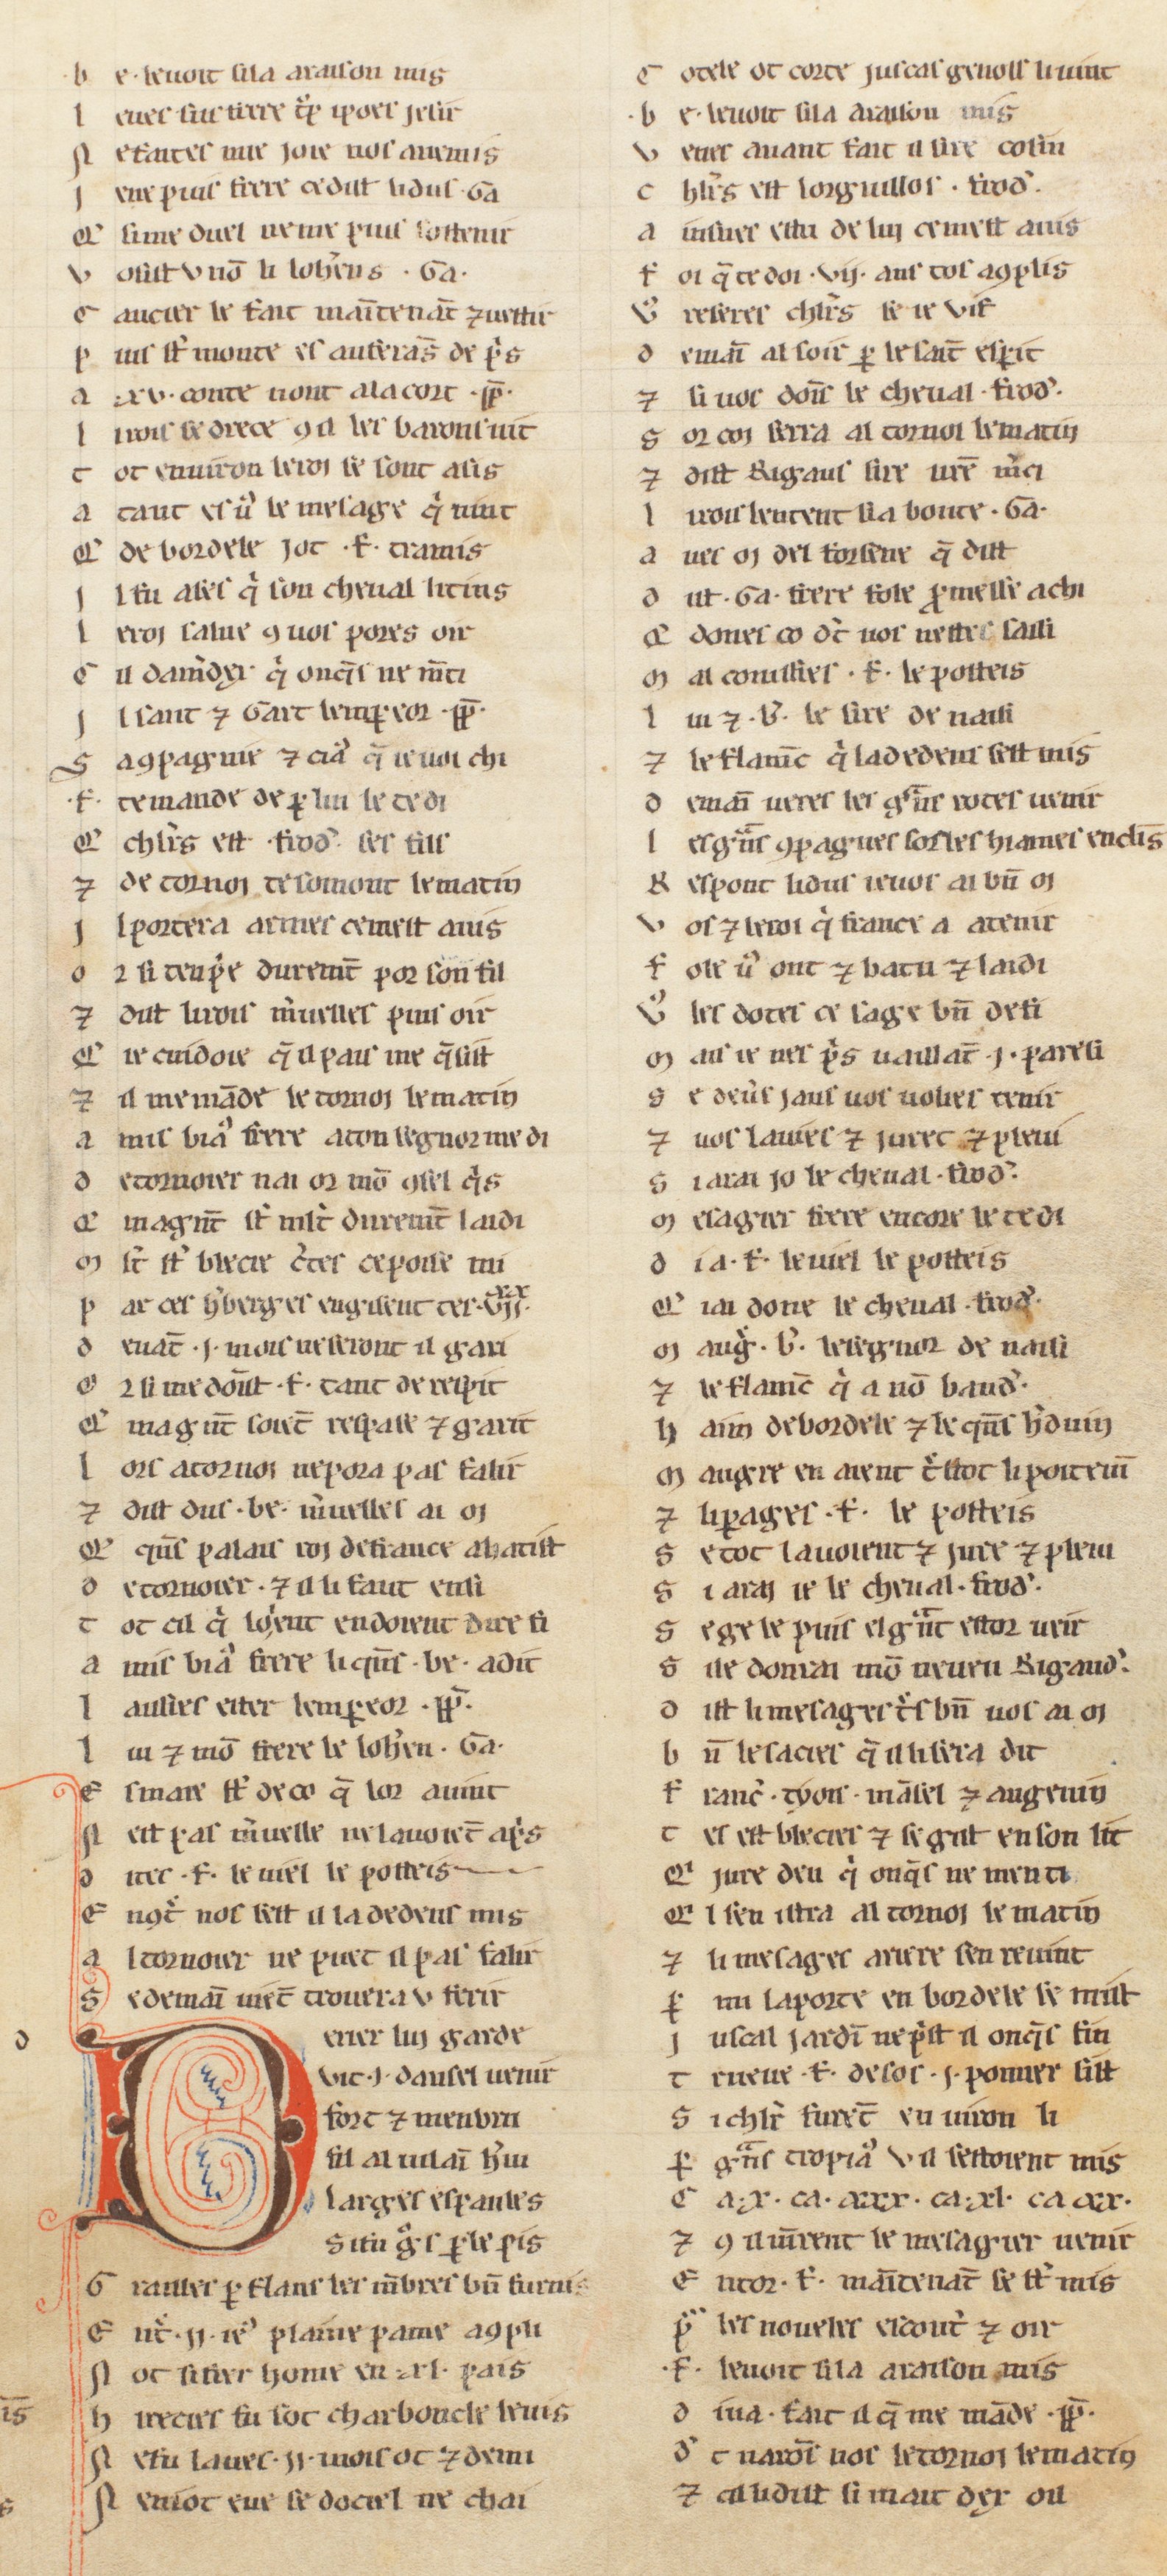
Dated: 1255–1285